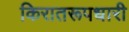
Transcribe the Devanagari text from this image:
किरातरूपधारी